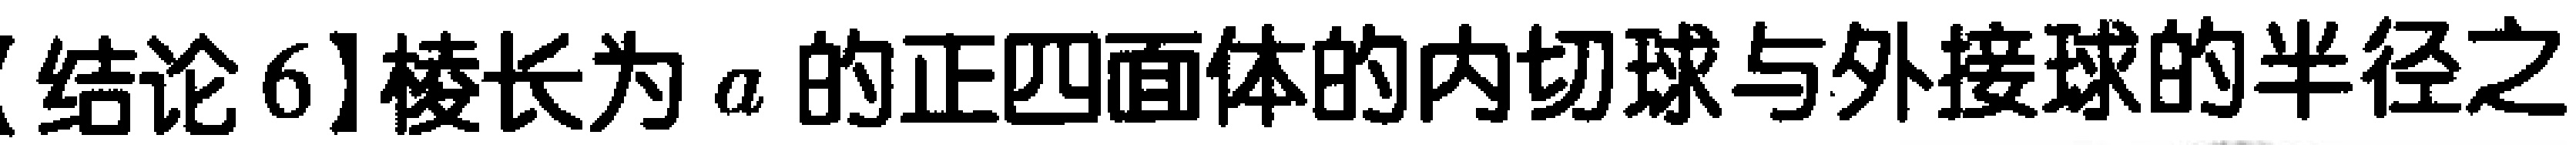
【结论6】棱长为\(a\)的正四面体的内切球与外接球的半径之